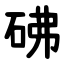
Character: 砩